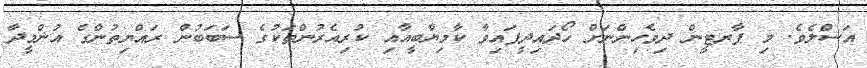
އަސްލެވެ. މި ޕާރޓީން ދިވެހިންނަށް ހޯދައިދީފައިވާ ކާމިޔާބީއާއި ކުރިއެރުންތަކުގެ ސަބަބުން ރައްޔިތުންގެ އުންމީދާ